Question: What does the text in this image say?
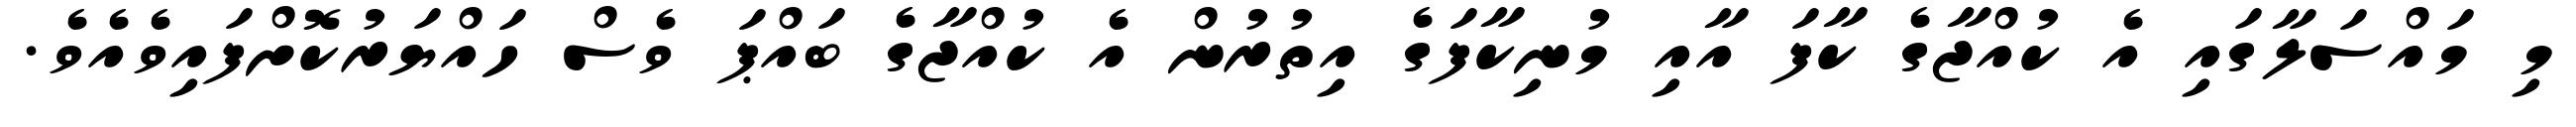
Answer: މި މައްސަލާގައި އެ ކުއްޖާގެ ކާފަ އާއި މުނިކާފަގެ އިތުރުން އެ ކުއްޖާގެ ބައްޕަ ވެސް ހައްޔަރުކޮށްފައިވެއެވެ.